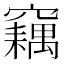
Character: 𥨱